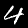
Label: 4